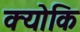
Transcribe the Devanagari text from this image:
क्‍योकि